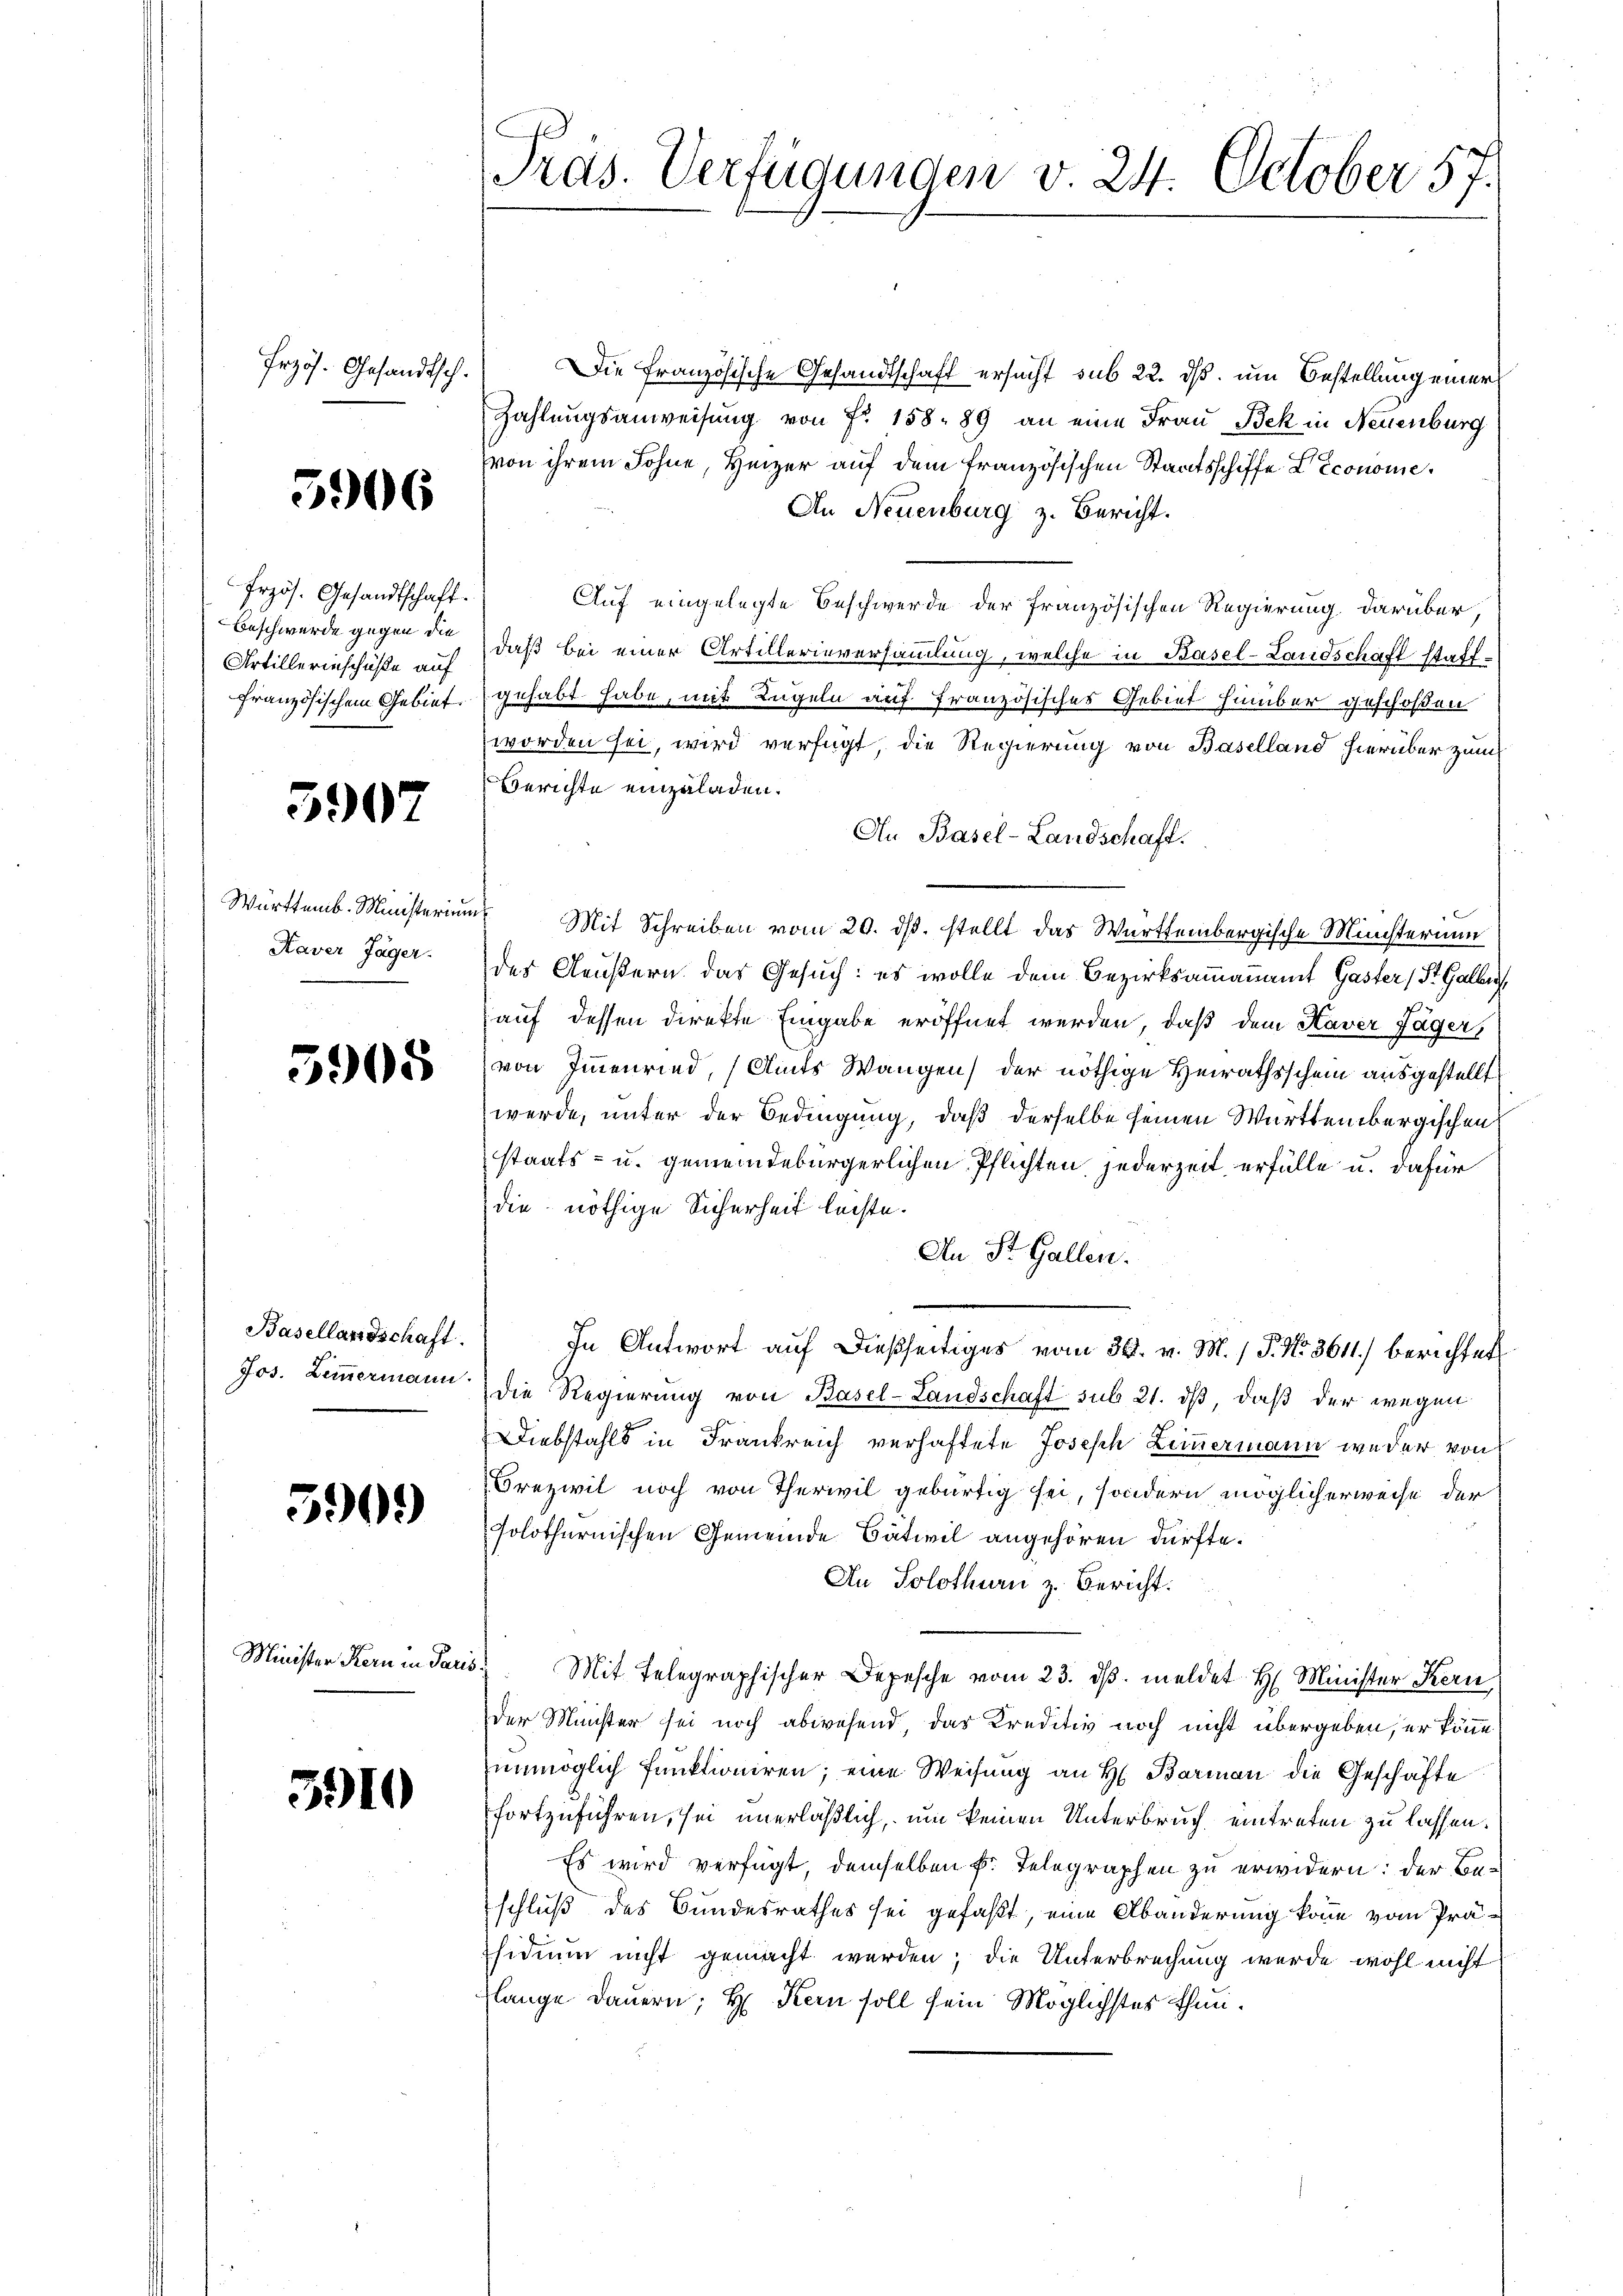
Frzös. Gesandtsch

3906

Przös. Gesandtschaft.
Beschwerde gegen die
Artillerinschüße auf
Französischem Gebiet.

5907

Württemb. Ministerin
Kaver Jäger.

5905

Basellandschaft.
Jos. Zimmermann.

590.)

Minister Kern in Par

3910

C
Tras. Verfügungen v. 24. October 57.

Die Französische Gesandtschaft ersucht sub 22. ds. um Bestellung einer
Zahlungsanweisung von Fr. 158. 89 an eine Frau Bek in Neuenburg
von ihrem Sohne, Heizer auf dem französischen Staatsschiffe Econome
An Neuenburg z. Bericht.
Auf eingelegte Beschwerde der französischen Regierung darüber,
daß bei einer Artillerieversammlung, welche in Basel-Landschaft stattgehabt habe, mit Lügeln auf französisches Gebiet Himber geschoßen
worden sei, wird verfügt die Regierung von Baselland hierüber zum
Berichte einzuladen.
An Basel-Landschaft.
u Mit Schreiben vom 20. ds. stellt das Württembergische Ministerium
des Aeußern das Gesuch: es wolle dem Bezirksammannamt Gaster (St. Galler
auf dessen direkte Eingabe eröffnet werden, daß dem Kaver Jäger,
von Immenried, (Amts Wangen) der nöthige Heirathsschein ausgestellt
werde, unter der Bedingung, daß derselbe seinen Württembergischen
staats- u. gemeindebürgerlichen Pflichten jederzeit erfülle u. dafür
die nöthige Sicherheit leiste.
An St. Gallen.
In Antwort auf dießseitiges vom 30. v. M. / P. No. 3611) berichtet
die Regierung von Basel-Landschaft sub 21. ds, daß der wegen
Diebstahls in Frankreich verhaftete Joseph Zimmermann weder von
Crezivil noch von Therwil gebürtig sei, sondern möglicherweise der
solothurnischen Gemeinde Bätiil angehören dürfte.
An Solothurn z. Bericht:
5f
Mit Telegraphischer Depesche vom 23. dβ. meldet H. Minister Kern,
der Minister sei noch abwesend das Kreditiv noch nicht übergeben, er könne,
unmöglich funktioniren; eine Weisung an H. Barmann die Geschäfte
fortzuführen, sei unerläßlich, um keinen Unterbruch eintreten zu lassen.
Es wird verfügt demselben Fr. Telegraphen zu erwidern: der Beschluß des Bundesrathes sei gefaßt, eine Abänderung komme vom Präsidium nicht gemacht werden; die Unterbrechung wurde wohl nicht
lange Dauern; H. Kern soll sein Möglichstes thun¬